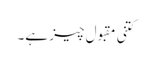
کتنی مقبول چیز ہے۔